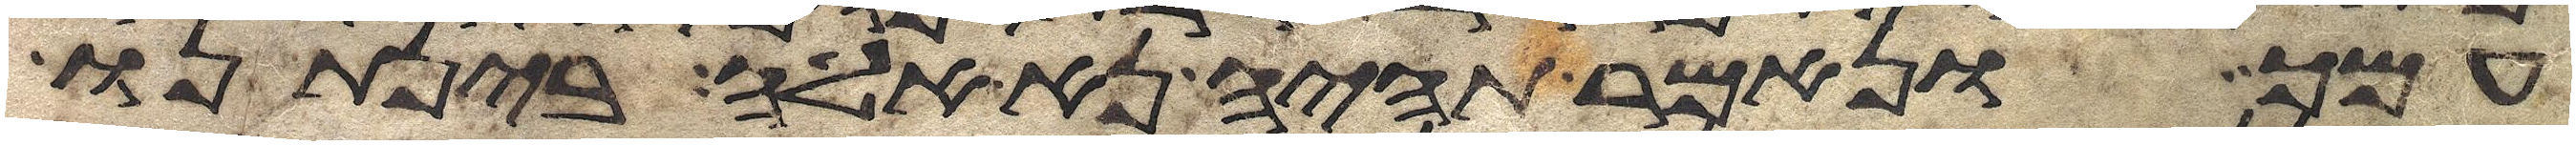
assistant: עמך ונאמר תהיה נא אלה בינתנו